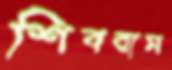
শিবরাম